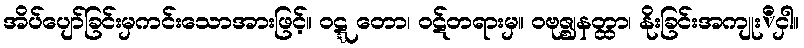
အိပ်ပျော်ခြင်းမှကင်းသောအားဖြင့်။ ဝဋ္ဋ တော၊ ဝဋ်တရားမှ။ ဝဗုဇ္ဈနတ္ထာ၊ နိုးခြင်းအကျုးိငှါ။